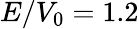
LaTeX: E/V_{0}=1.2